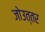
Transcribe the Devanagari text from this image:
जोउत्तर